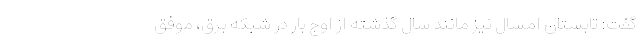
گفت: تابستان امسال نیز مانند سال گذشته از اوج بار در شبکه برق، موفق